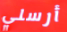
أرسلي